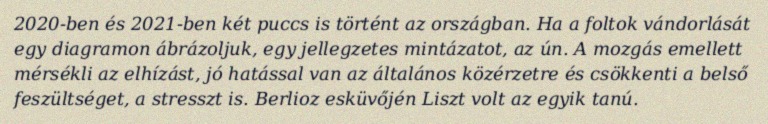
2020-ben és 2021-ben két puccs is történt az országban. Ha a foltok vándorlását egy diagramon ábrázoljuk, egy jellegzetes mintázatot, az ún. A mozgás emellett mérsékli az elhízást, jó hatással van az általános közérzetre és csökkenti a belső feszültséget, a stresszt is. Berlioz esküvőjén Liszt volt az egyik tanú.